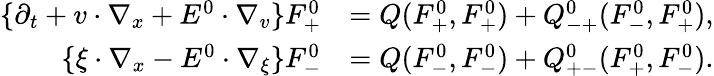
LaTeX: \begin{array}{rl}{\{ \partial_{t}+v\cdot\nabla_{x}+E^{0}\cdot\nabla_{v}\} F_{+}^{0}}&{=Q(F_{+}^{0},F_{+}^{0})+Q_{-+}^{0}(F_{-}^{0},F_{+}^{0}),}\\ {\{ \xi\cdot\nabla_{x}-E^{0}\cdot\nabla_{\xi}\} F_{-}^{0}}&{=Q(F_{-}^{0},F_{-}^{0})+Q_{+-}^{0}(F_{+}^{0},F_{-}^{0}).}\end{array}